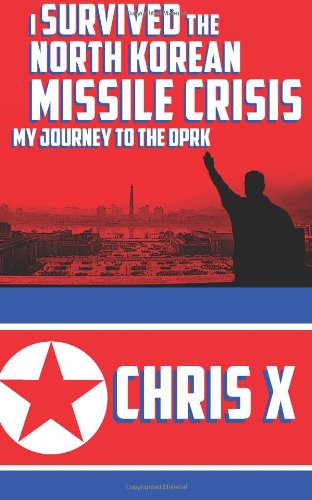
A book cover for I Survived The North Korean Missile Crisis: My Journey To The DPRK; Chris X; Travel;